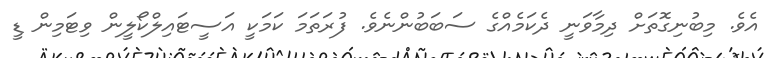
އެވެ. މިބުނިގޮތަށް ދިމާވަނީ ދެކަމެއްގެ ސަބަބުންނެވެ. ފުރަތަމަ ކަމަކީ އަސީޓައިލްކޯލީން ވިޓަމިން ޑީ